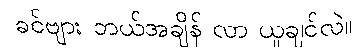
ခင်ဗျား ဘယ်အချိန် လာ ယူချင်လဲ။